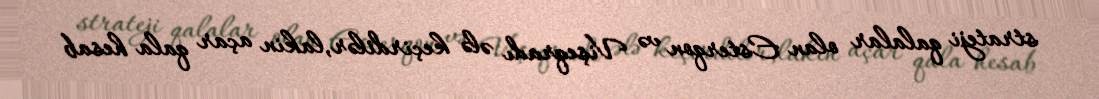
strateji qalalar olan Esterqon və Vişeqradı ələ keçirdilər,lakin açar qala hesab